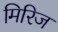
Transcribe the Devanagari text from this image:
मिरिज